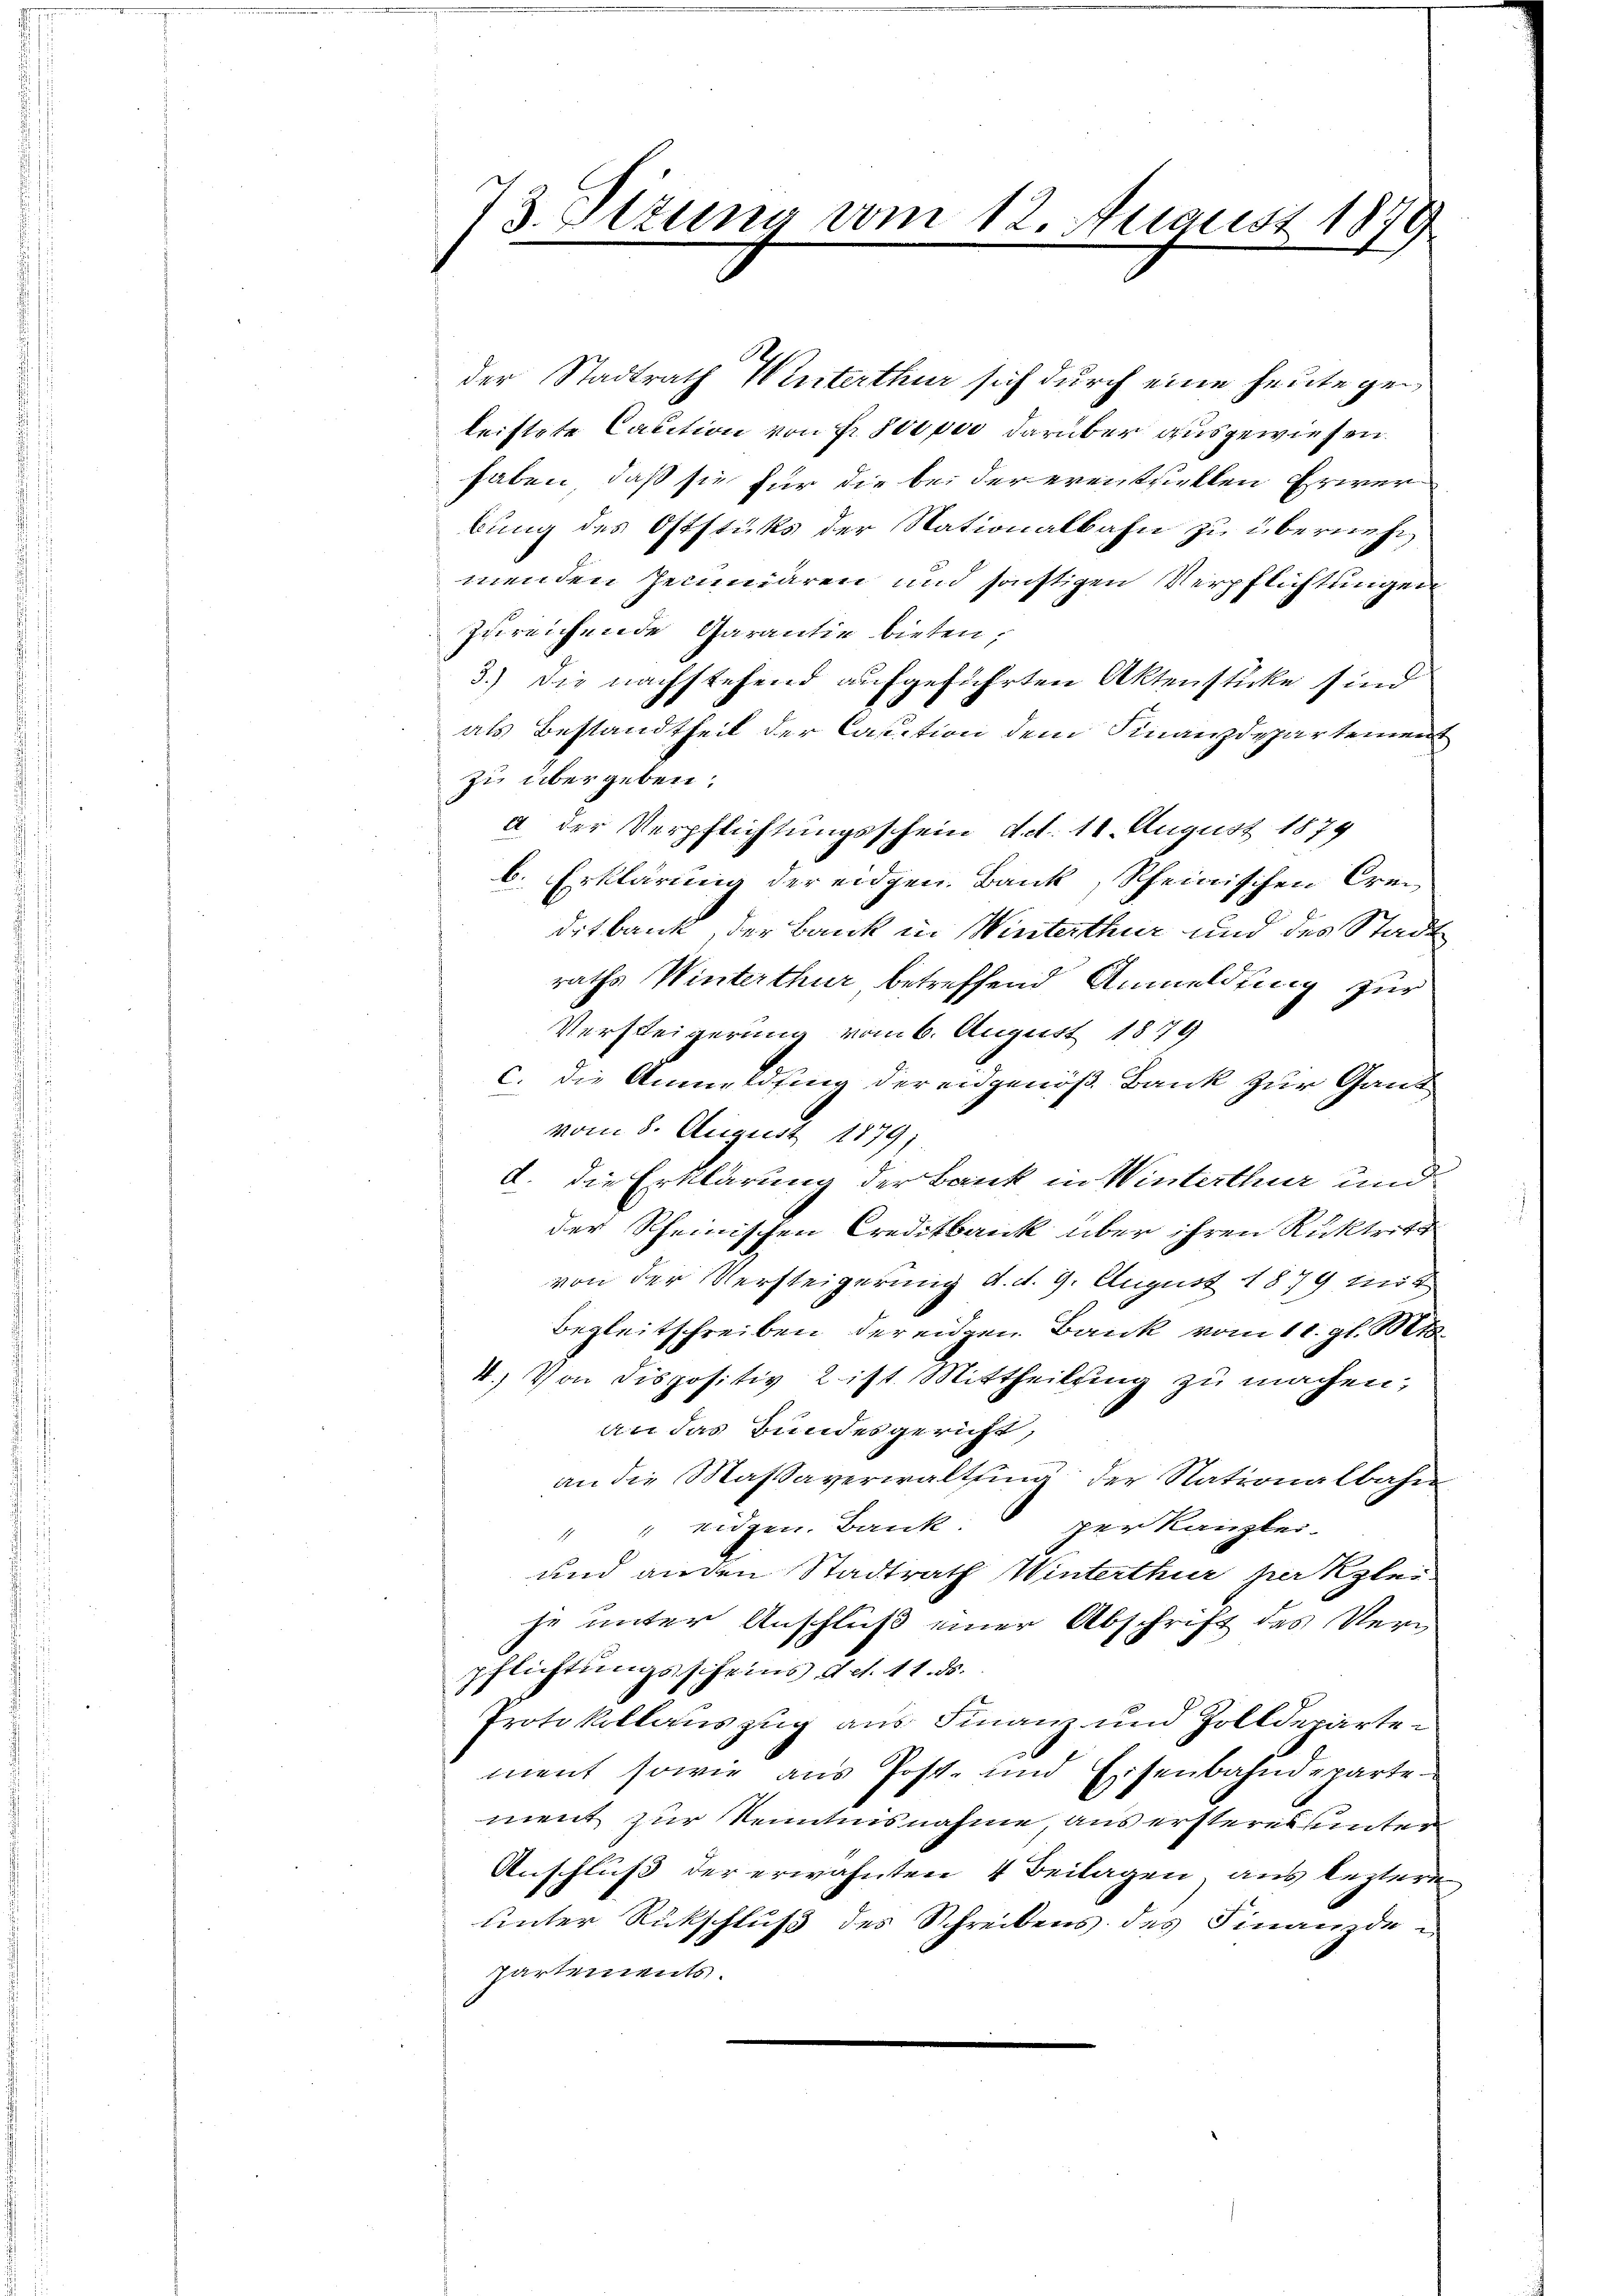
73. Sizung vom 12. August 1879

der Stadtrath Winterthur sich durch eine heute geleistete Caution von Fr. 500 per darüber ausgewiesen.
haben, daß sie für die bei der eventrickten Erwerbung des Oststüks der Nationalbahn zu übernehm
menden Zeinniären und sonstigen Verpflichtungen
zureichende Garantie bieten;
3.) Die nachstehend aufgeführten Aktenstücke sind
als Bestandtheil der Cassation dem Finanzdepartemen
zu übergeben.
a der Verpflichtungsschein d. d. 11. August 1879
b. Erklärung der eidgen. Bank, Scheinischen Crei
ditbank, der Bank in Winterthur und des Stadt
raths Winterthur betreffend Anmeldung zur
Versteigerung vom 6. August 1879
c. die Anmeldfing der eidgenöß Bank zur Gant
vom 8. August 1879;
2. die Erklärung der Bank in Winterthur und
der Rheinischen Creditbank über ihren Rücktritt
von der Versteigerung d. d. 9. August 1879 mit
Begleitschreiben der eidgen. Bank vom 11. gl. Mts.
4.) Von dispositiv 2 ist. Mittheilsing zu machen;
an das Bundesgericht,
an die Maßaverwaltsing der Nationalbahn
"" eidgen. Bank: per Kanzlei-
und anden Stadtrath Winterthur herzlei-
je unter Anschluß einer Abschrift des Verpflichtungsscheins, d. et. 11. ds.
Protokollauszug aus Finanz und Zolldepartement sowie aus Post- und Eisenbahndeparte
ment zur Kenntnisnahme, aus ersteres unter
Anschluß der erwähnten 4 Beilagen, aus leztere
unter Rückschluß des Schreibens des Finanzde-
partements.